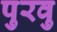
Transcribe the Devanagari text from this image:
पुरवु